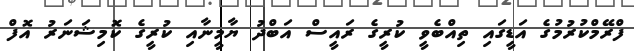
ފްރޭމްކުރުމުގެ އަޑީގައި ތިއްބެވީ ކުރީގެ ރައީސް އަބްދު ޔާމީނާއި ކުރީގެ ކޮމިޝަނަރު އޮފް